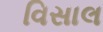
વિસાલ